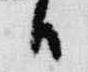
日